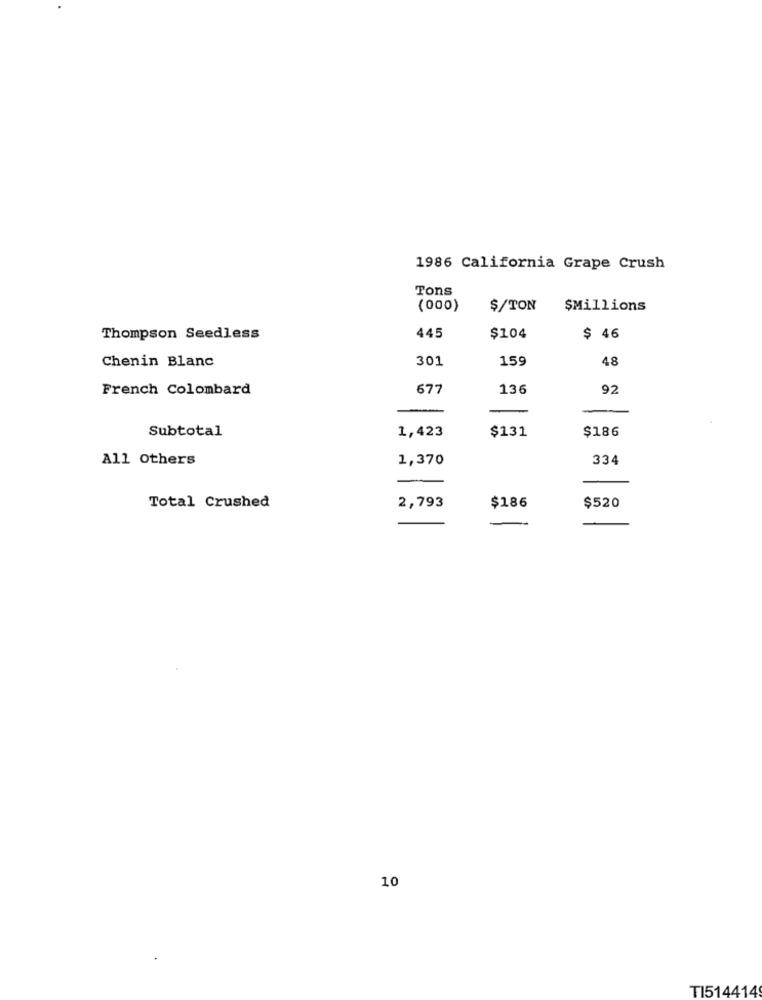
1986 California Grape Crush
Tons
(000)
$/TON
$Millions
445
Thompson Seedless
$104
$ 46
Chenin Blanc
301
159
48
French Colombard
677
136
92
Subtotal
1,423
$186
$131
All Others
1,370
334
$186
Total Crushed
2,793
$520
10
TI514414